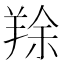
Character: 䍱